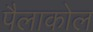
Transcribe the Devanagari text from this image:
पैलाकोल